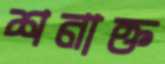
শনাক্ত